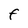
Character: F